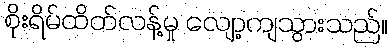
စိုးရိမ်ထိတ်လန့်မှု လျော့ကျသွားသည်။